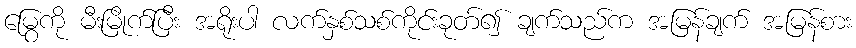
မြွေကို မီးမြိုက်ပြီး အရိုးပါ လက်နှစ်သစ်ကိုင်းခုတ်၍ ချက်သည်က အမြန်ချက် အမြန်စား